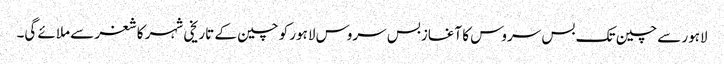
لاہور سے چین تک بس سروس کا آغازبس سروس لاہور کو چین کے تاریخی شہر کاشغر سے ملائے گی۔